Code of medical and sanitary regulations for the guidance of medical officers serving in the Madras Presidency - Volume II
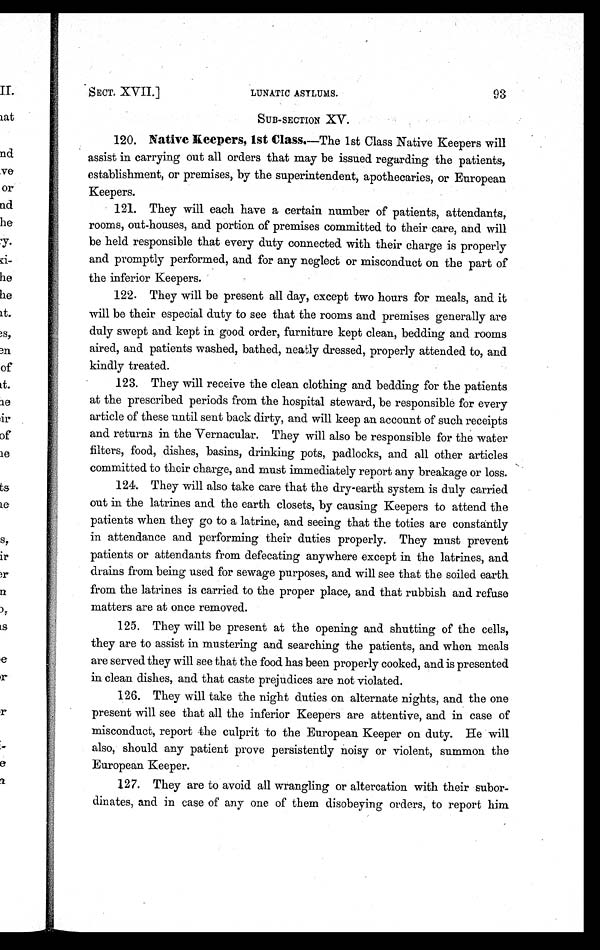
SECT. XVII.]
LUNATIC ASYLUMS.
93
SUB-SECTION X.V.
120. Native keepers, 1st Class. —The 1st Class Native Keepers will
assist in carrying out all orders that may be issued regarding the patients,
establishment, or premises, by the superintendent, apothecaries, or European
Keepers.
121. They will each have a certain number of patients, attendants,
rooms, out-houses, and portion of premises committed to their care, and will
be held responsible that every duty connected with their charge is properly
and promptly performed, and for any neglect or misconduct on the part of
the inferior Keepers.
122. They will be present all day, except two hours for meals, and it
will be their especial duty to see that the rooms and premises generally are
duly swept and kept in good order, furniture kept clean, bedding and rooms
aired, and patients washed, bathed, neatly dressed, properly attended to, and
kindly treated.
123. They will receive the clean clothing and bedding for the patients
at the prescribed periods from the hospital steward, be responsible for every
article of these until sent back dirty, and will keep an account of such receipts
and returns in the Vernacular. They will also be responsible for the water
filters, food, dishes, basins, drinking pots, padlocks, and all other articles
committed to their charge, and must immediately report any breakage or loss.
124. They will also take care that the dry-earth system is duly carried
out in the latrines and the earth closets, by causing Keepers to attend the
patients when they go to a latrine, and seeing that the toties are constantly
in attendance and performing their duties properly. They must prevent
patients or attendants from defecating anywhere except in the latrines, and
drains from being used for sewage purposes, and will see that the soiled earth
from the latrines is carried to the proper place, and that rubbish and refuse
matters are at once removed.
125. They will be present at the opening and shutting of the cells,
they are to assist in mustering and searching the patients, and when meals
are served they will see that the food has been properly cooked, and is presented
in clean dishes, and that caste prejudices are not violated.
126. They will take the night duties on alternate nights, and the one
present will see that all the inferior Keepers are attentive, and in case of
misconduct, report the culprit to the European Keeper on duty. He will
also, should any patient prove persistently noisy or violent, summon the
European Keeper.
127. They are to avoid all wrangling or altercation with their subor-
dinates, and in case of any one of them disobeying orders, to report him